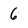
Character: 6